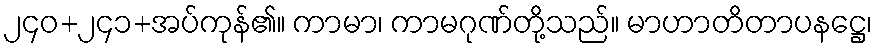
၂၄၀+၂၄၁+အပ်ကုန်၏။ ကာမာ၊ ကာမဂုဏ်တို့သည်။ မာဟာတိတာပနဋ္ဌေ၊